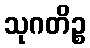
သုဂတိဉ္စ